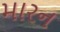
મારન